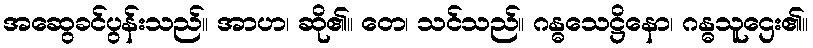
အဆွေခင်ပွန်းသည်။ အာဟ၊ ဆို၏။ တေ၊ သင်သည်။ ဂန္ဓသေဋ္ဌိနော၊ ဂန္ဓသူဌေး၏။